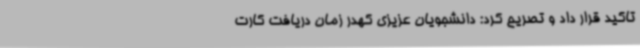
تاکید قرار داد و تصریح کرد: دانشجویان عزیزی کهدر زمان دریافت کارت